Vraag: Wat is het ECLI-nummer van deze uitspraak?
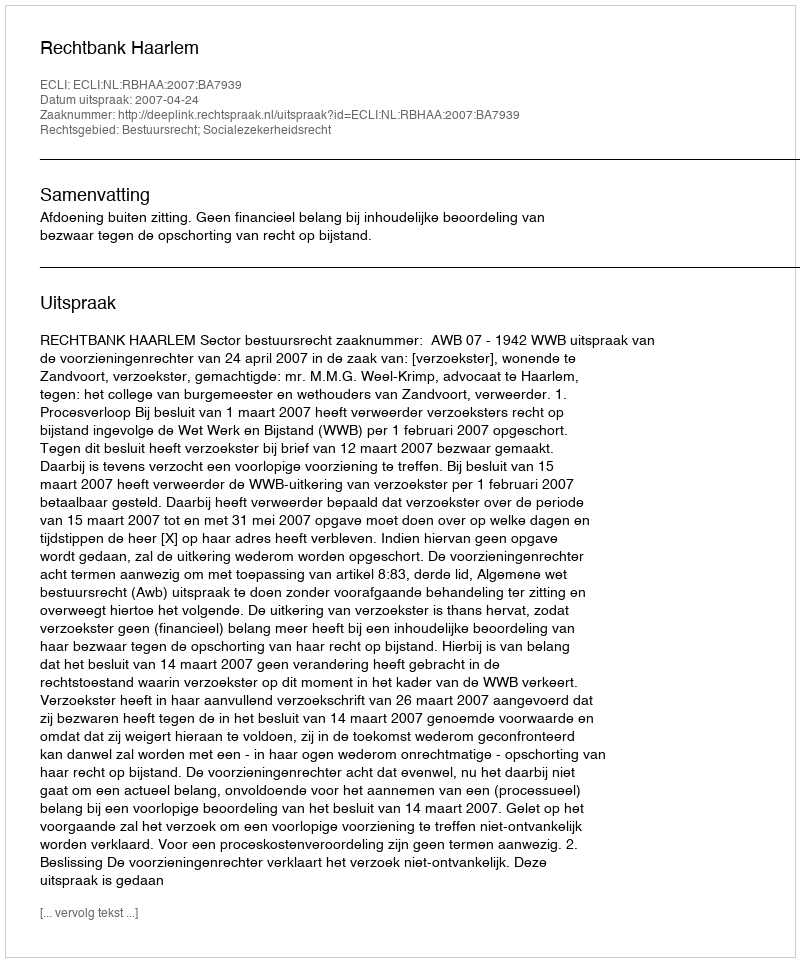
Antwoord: ECLI:NL:RBHAA:2007:BA7939